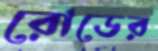
রোডের